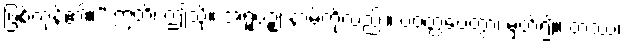
ဖြစ်ကုန်၏။” ဣတိ၊ ဤသို့။ အရူပဉ္စ၊ နာမ်ကိုလည်း။ ဝဝတ္ထပေတွာ၊ မှတ်၍။ တဿ၊